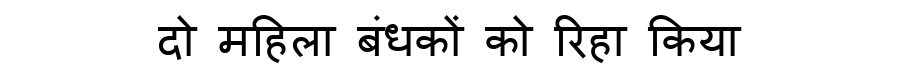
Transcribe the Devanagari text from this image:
दो महिला बंधकों को रिहा किया